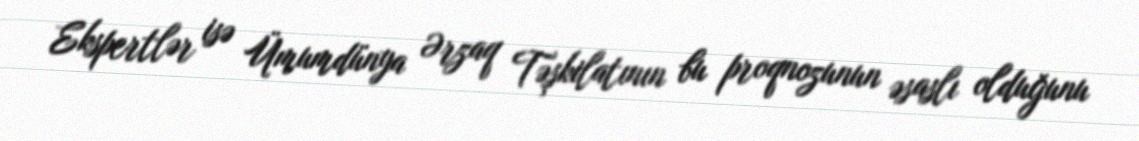
Ekspertlər isə Ümumdünya Ərzaq Təşkilatının bu proqnozunun əsaslı olduğunu